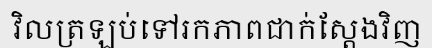
វិលត្រឡប់ទៅរកភាពជាក់ស្តែងវិញ